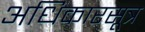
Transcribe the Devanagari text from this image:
अधिकारसूत्र